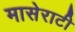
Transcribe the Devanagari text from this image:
मासेराटी